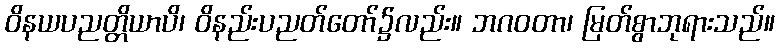
ဝိနယပညတ္တိယာပိ၊ ဝိနည်းပညတ်တော်၌လည်း။ ဘဂဝတာ၊ မြတ်စွာဘုရားသည်။